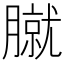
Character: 𦠢